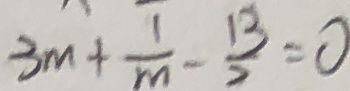
3 m + \frac { 1 } { m } - \frac { 1 3 } { 2 } = 0